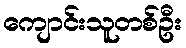
ကျောင်းသူတစ်ဦး